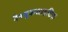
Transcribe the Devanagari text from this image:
पैनयूवाआइटिक